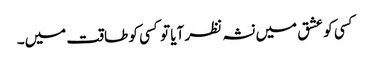
کسی کو عشق میں نشہ نظر آیا تو کسی کو طاقت میں۔